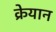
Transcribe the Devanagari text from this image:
क्रेयान